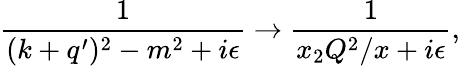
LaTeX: \frac{1}{(k+q^{\prime})^{2}-m^{2}+i\epsilon}\to\frac{1}{x_{2}Q^{2}/x+i\epsilon},